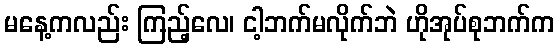
မနေ့ကလည်း ကြည့်လေ၊ ငါ့ဘက်မလိုက်ဘဲ ဟိုအုပ်စုဘက်က